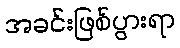
အခင်းဖြစ်ပွားရာ